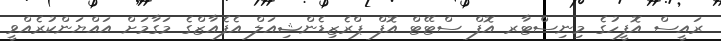
ރައީސް އޮފީހުގެ މިނިސްޓާރ އޮފް ސްޓޭޓް އޮފް ޕްރެޒިޑެންޝިއަލް އެފެއާޒްގެ މަގާމަށް އައްޔަންކުރެއްވީ